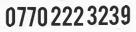
0770 222 3239